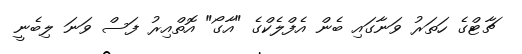
ޗާޓްގެ ހަތަރު ވަނާގައި ބެން އެފްލެކްގެ "އާގޯ" އޮތްއިރު ފަސް ވަނަ ލިބެނީ